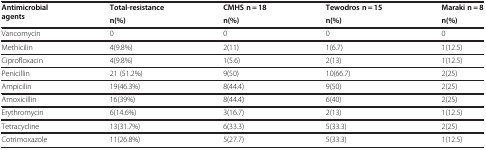
| Antimicrobial agents | Total-resistance | CMHS n = 18 | Tewodros n = 15 | Maraki n = 8 |
 |  | n(%) | n(%) | n(%) | n(%) |
 | --- | --- | --- | --- | --- |
 | Vancomycin | 0 | 0 | 0 | 0 |
 | Methicilin | 4(9.8%) | 2(11) | 1(6.7) | 1(12.5) |
 | Ciprofloxacin | 4(9.8%) | 1(5.6) | 2(13) | 1(12.5) |
 | Penicillin | 21 (51.2%) | 9(50) | 10(66.7) | 2(25) |
 | Ampicilin | 19(46.3%) | 8(44.4) | 9(50) | 2(25) |
 | Amoxicillin | 16(39%) | 8(44.4) | 6(40) | 2(25) |
 | Erythromycin | 6(14.6%) | 3(16.7) | 2(13) | 1(12.5) |
 | Tetracycline | 13(31.7%) | 6(33.3) | 5(33.3) | 2(25) |
 | Cotrimoxazole | 11(26.8%) | 5(27.7) | 5(33.3) | 1(12.5) |